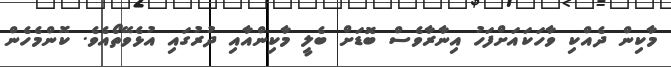
މާކިން ދެއްކި ވާހަކައަށްފަހު އިނާރާވެސް ބޮޑަށް ބެލީ މާކިންއާއި ދުރުގައި އުޅެވޭތޯއެވެ. ކޮންމެހެން